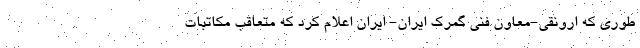
طوری که ارونقی-معاون فنی گمرک ایران- ایران اعلام کرد که متعاقب مکاتبات